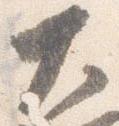
大